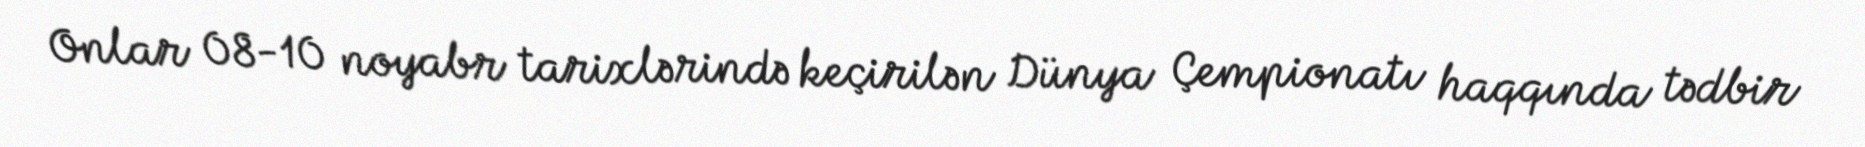
Onlar 08-10 noyabr tarixlərində keçirilən Dünya Çempionatı haqqında tədbir